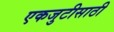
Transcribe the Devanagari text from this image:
एकजुटीसाठी